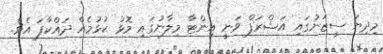
މިދިޔަ ސީޒަނުގައި އަޝްރަފް ވަނީ އިންޓާ މިލާނުގައި މޮޅު ކުޅުމެއް ދައްކާފަ އެވެ.